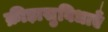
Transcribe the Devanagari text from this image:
क्रीड़ासुविधाएँ